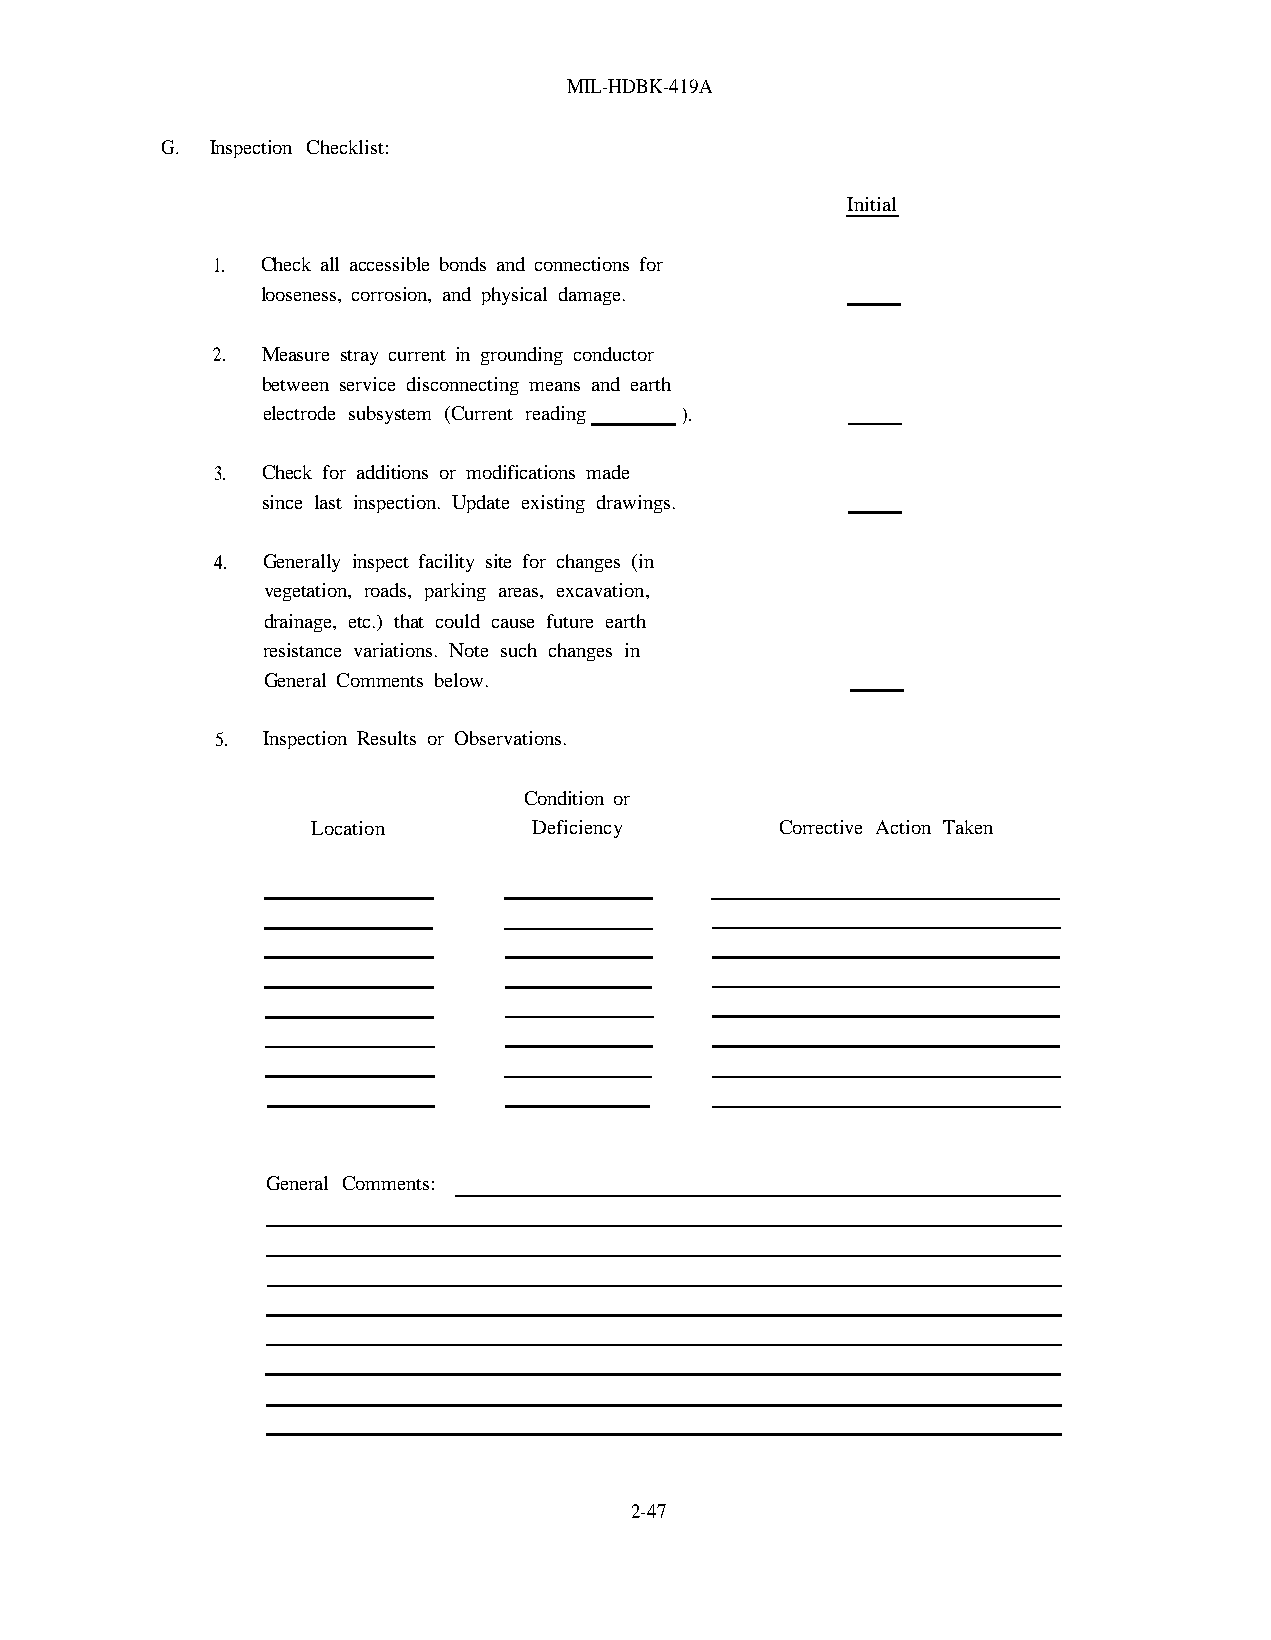
MIL-HDBK-419A
 G. Inspection Checklist:
 Initial
 1. Check all accessible bonds and connections for
 looseness, corrosion, and physical damage.
 2. Measure stray current in grounding conductor
 between service disconnecting means and earth
 electrode subsystem (Current reading ).
 3. Check for additions or modifications made
 since last inspection. Update existing drawings.
 4. Generally inspect facility site for changes (in
 vegetation, roads, parking areas, excavation,
 drainage, etc.) that could cause future earth
 resistance variations. Note such changes in
 General Comments below.
 5. Inspection Results or Observations.
 Condition or
 Location      Deficiency       Corrective Action Taken
 General Comments:
 2-47